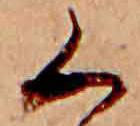
く